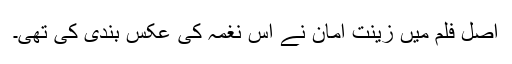
اصل فلم میں زینت امان نے اس نغمہ کی عکس بندی کی تھی۔